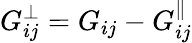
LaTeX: G_{ij}^{\perp}=G_{ij}-G_{ij}^{\parallel}